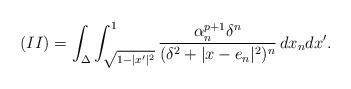
LaTeX: \begin{align*}(II)=\int_{\Delta}\int_{\sqrt{1-|x'|^2}}^1\frac{\alpha_n^{p+1}\delta^n}{(\delta^2+|x-e_n|^2)^n}\, dx_ndx'.\end{align*}